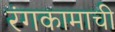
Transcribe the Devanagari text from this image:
रंगकामाची